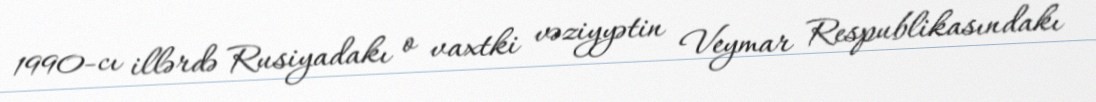
1990-cı illərdə Rusiyadakı o vaxtki vəziyyətin Veymar Respublikasındakı